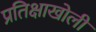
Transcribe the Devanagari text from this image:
प्रतिक्षाखोली